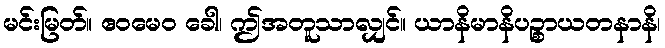
မင်းမြတ်။ ဧဝမေဝ ခေါ၊ ဤအတူသာလျှင်။ ယာနိမာနိပဉ္စာယတနာနိ၊